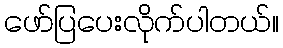
ဖော်ပြပေးလိုက်ပါတယ်။